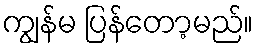
ကျွန်မ ပြန်တော့မည်။